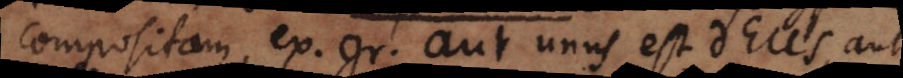
compositam, ex. gr. aut unus est Deus, aut